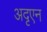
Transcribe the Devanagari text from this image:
अदृएन